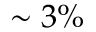
\sim 3 \%